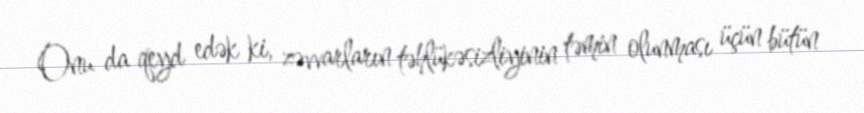
Onu da qeyd edək ki, zəvvarların təhlükəsizliyinin təmin olunması üçün bütün